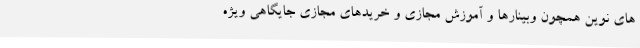
های نوین همچون وبینارها و آموزش مجازی و خریدهای مجازی جایگاهی ویژه